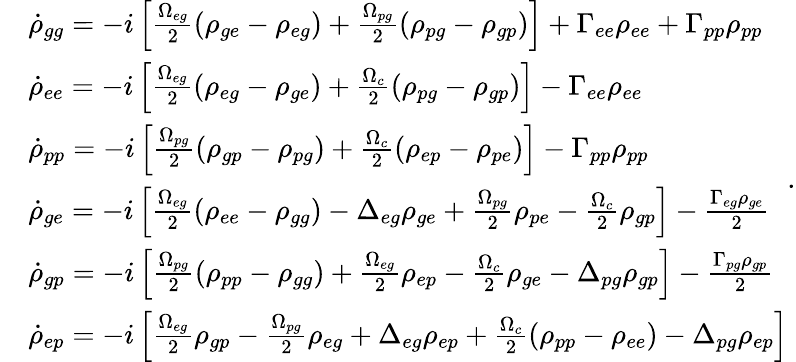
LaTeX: \begin{array}{rl}&{\dot{\rho}_{gg}=-i\left[\frac{\Omega_{eg}}{2}\left(\rho_{ge}-\rho_{eg}\right)+\frac{\Omega_{pg}}{2}\left(\rho_{pg}-\rho_{gp}\right)\right]+\Gamma_{ee}\rho_{ee}+\Gamma_{pp}\rho_{pp}}\\ &{\dot{\rho}_{ee}=-i\left[\frac{\Omega_{eg}}{2}\left(\rho_{eg}-\rho_{ge}\right)+\frac{\Omega_{c}}{2}\left(\rho_{pg}-\rho_{gp}\right)\right]-\Gamma_{ee}\rho_{ee}}\\ &{\dot{\rho}_{pp}=-i\left[\frac{\Omega_{pg}}{2}\left(\rho_{gp}-\rho_{pg}\right)+\frac{\Omega_{c}}{2}\left(\rho_{ep}-\rho_{pe}\right)\right]-\Gamma_{pp}\rho_{pp}}\\ &{\dot{\rho}_{ge}=-i\left[\frac{\Omega_{eg}}{2}(\rho_{ee}-\rho_{gg})-\Delta_{eg}\rho_{ge}+\frac{\Omega_{pg}}{2}\rho_{pe}-\frac{\Omega_{c}}{2}\rho_{gp}\right]-\frac{\Gamma_{eg}\rho_{ge}}{2}}\\ &{\dot{\rho}_{gp}=-i\left[\frac{\Omega_{pg}}{2}\left(\rho_{pp}-\rho_{gg}\right)+\frac{\Omega_{eg}}{2}\rho_{ep}-\frac{\Omega_{c}}{2}\rho_{ge}-\Delta_{pg}\rho_{gp}\right]-\frac{\Gamma_{pg}\rho_{gp}}{2}}\\ &{\dot{\rho}_{ep}=-i\left[\frac{\Omega_{eg}}{2}\rho_{gp}-\frac{\Omega_{pg}}{2}\rho_{eg}+\Delta_{eg}\rho_{ep}+\frac{\Omega_{c}}{2}\left(\rho_{pp}-\rho_{ee}\right)-\Delta_{pg}\rho_{ep}\right]}\end{array}.